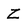
Character: Z